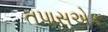
તપાસએક